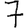
Digit: 7